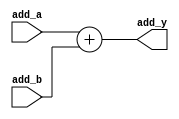
/************/
/* adder32.v */
/************/

//              +----+
// add_a[31:0]->|    |
// add_b[31:0]->|    |->add_y[31:0]
//              +----+

module adder32 (add_a, add_b, add_y);  // 
  input  [31:0]  add_a;          //  32-bit
  input  [31:0]  add_b;          //  32-bit
  output [31:0]  add_y;          //  32-bit

  assign add_y = add_a + add_b;
endmodule